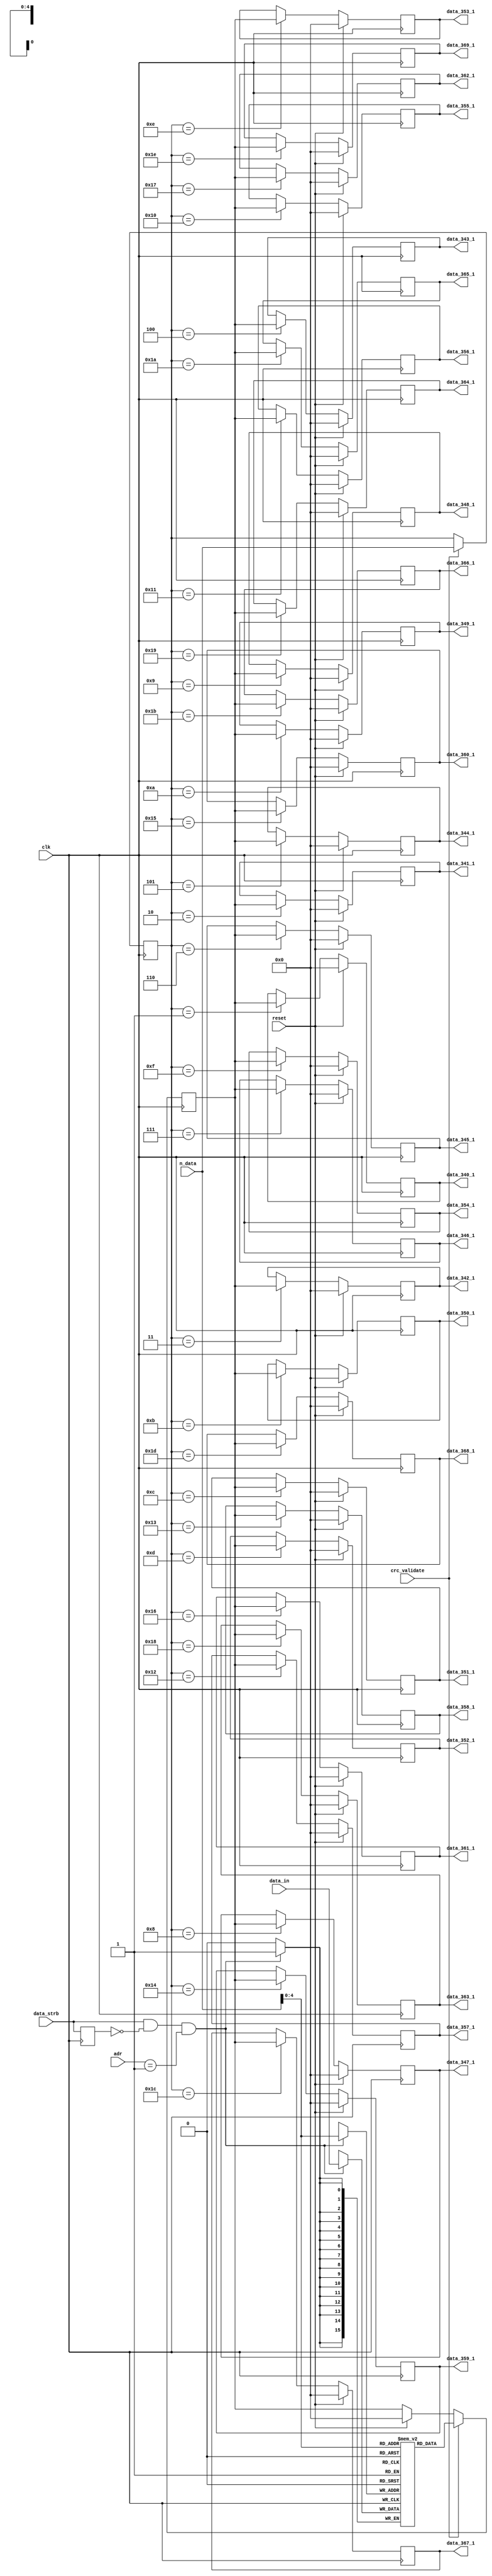
module data_demux_1 (
								input 		 clk,
								input [7:0]  adr,
								input [7:0]  n_data,
								input [15:0] data_in,
								input 		 data_strb,
								input        crc_validate,
								input 		 reset,
																	output reg [15:0] data_340_1,
																	output reg [15:0] data_341_1,
																	output reg [15:0] data_342_1,
																	output reg [15:0] data_343_1,
																	output reg [15:0] data_344_1,
																	output reg [15:0] data_345_1,
																	output reg [15:0] data_346_1,
																	output reg [15:0] data_347_1,
																	output reg [15:0] data_348_1,
																	output reg [15:0] data_349_1,
																	output reg [15:0] data_350_1,
																	output reg [15:0] data_351_1,
																	output reg [15:0] data_352_1,
																	output reg [15:0] data_353_1,
																	output reg [15:0] data_354_1,
																	output reg [15:0] data_355_1,
																	output reg [15:0] data_356_1,
																	output reg [15:0] data_357_1,
																	output reg [15:0] data_358_1,
																	output reg [15:0] data_359_1,
																	output reg [15:0] data_360_1,
																	output reg [15:0] data_361_1,
																	output reg [15:0] data_362_1,
																	output reg [15:0] data_363_1,
																	output reg [15:0] data_364_1,
																	output reg [15:0] data_365_1,
																	output reg [15:0] data_366_1,
																	output reg [15:0] data_367_1,
																	output reg [15:0] data_368_1,
																	output reg [15:0] data_369_1

																											);

parameter [7:0]  slave_id        = 1;
parameter [7:0]  number_of_reg   = 30;

(*ramstyle = "no_rw_check"*)reg [15:0] mem [number_of_reg:0];
	
      reg        previous_strb_0 =  1'b0;
		
		reg [15:0] data_buff       = 16'h0000;
		reg [7:0]  n                =  8'h00;
		
initial begin
	data_340_1 = 16'h0000;
	data_341_1 = 16'h0000;
	data_342_1 = 16'h0000;
	data_343_1 = 16'h0000;
	data_344_1 = 16'h0000;
	data_345_1 = 16'h0000;
	data_346_1 = 16'h0000;
	data_347_1 = 16'h0000; 
	data_348_1 = 16'h0000;
	data_349_1 = 16'h0000;
	data_350_1 = 16'h0000;
	data_351_1 = 16'h0000;
	data_352_1 = 16'h0000;
	data_353_1 = 16'h0000;
	data_354_1 = 16'h0000;
	data_355_1 = 16'h0000;
	data_356_1 = 16'h0000;
	data_357_1 = 16'h0000; 
	data_358_1 = 16'h0000;
	data_359_1 = 16'h0000;
	data_360_1 = 16'h0000;
	data_361_1 = 16'h0000;
	data_362_1 = 16'h0000;
	data_363_1 = 16'h0000;
	data_364_1 = 16'h0000;
	data_365_1 = 16'h0000;
	data_366_1 = 16'h0000;
	data_367_1 = 16'h0000; 
	data_368_1 = 16'h0000;
	data_369_1 = 16'h0000;
end


always @(posedge clk) begin
	
	if(reset)
		data_buff <= 16'h0000;
	else begin end
	
	previous_strb_0 <= data_strb;

	if(data_strb && !previous_strb_0 && adr == slave_id) begin
		mem[n_data] <= data_in;
	end
	else begin end

	
	if(crc_validate) begin	
			data_buff <= mem[n_data];
			n <= n_data;
	end
	else begin end
	
end

always @(posedge clk) begin
	
	if(reset) begin
		data_340_1 <= 16'h0000;
		data_341_1 <= 16'h0000;
		data_342_1 <= 16'h0000;
		data_343_1 <= 16'h0000;
		data_344_1 <= 16'h0000;
		data_345_1 <= 16'h0000;
		data_346_1 <= 16'h0000;
		data_347_1 <= 16'h0000; 
		data_348_1 <= 16'h0000;
		data_349_1 <= 16'h0000;
		data_350_1 <= 16'h0000;
		data_351_1 <= 16'h0000;
		data_352_1 <= 16'h0000;
		data_353_1 <= 16'h0000;
		data_354_1 <= 16'h0000;
		data_355_1 <= 16'h0000;
		data_356_1 <= 16'h0000;
		data_357_1 <= 16'h0000; 
		data_358_1 <= 16'h0000;
		data_359_1 <= 16'h0000;
		data_360_1 <= 16'h0000;
		data_361_1 <= 16'h0000;
		data_362_1 <= 16'h0000;
		data_363_1 <= 16'h0000;
		data_364_1 <= 16'h0000;
		data_365_1 <= 16'h0000;
		data_366_1 <= 16'h0000;
		data_367_1 <= 16'h0000; 
		data_368_1 <= 16'h0000;
		data_369_1 <= 16'h0000;
	end
	else begin
	
		case(n)
		
			1:  data_340_1 <= data_buff;
			2:  data_341_1 <= data_buff;
			3:  data_342_1 <= data_buff;
			4:  data_343_1 <= data_buff;
			5:  data_344_1 <= data_buff;
			6:  data_345_1 <= data_buff;
			7:  data_346_1 <= data_buff;
			8:  data_347_1 <= data_buff;
			9:  data_348_1 <= data_buff;
			10: data_349_1 <= data_buff;
			11: data_350_1 <= data_buff;
			12: data_351_1 <= data_buff;
			13: data_352_1 <= data_buff;
			14: data_353_1 <= data_buff;
			15: data_354_1 <= data_buff;
			16: data_355_1 <= data_buff;
			17: data_356_1 <= data_buff;
			18: data_357_1 <= data_buff;
			19: data_358_1 <= data_buff;
			20: data_359_1 <= data_buff;
			21: data_360_1 <= data_buff;
			22: data_361_1 <= data_buff;
			23: data_362_1 <= data_buff;
			24: data_363_1 <= data_buff;
			25: data_364_1 <= data_buff;
			26: data_365_1 <= data_buff;
			27: data_366_1 <= data_buff;
			28: data_367_1 <= data_buff;
			29: data_368_1 <= data_buff;
			30: data_369_1 <= data_buff;
	
			default: begin end
		endcase
	
	end
		
end

endmodule